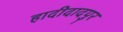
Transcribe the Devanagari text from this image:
हादीदादपुर